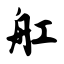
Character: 舡